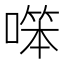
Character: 𠼒